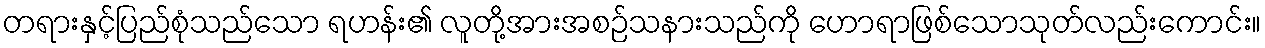
တရားနှင့်ပြည်စုံသည်သော ရဟန်း၏ လူတို့အားအစဉ်သနားသည်ကို ဟောရာဖြစ်သောသုတ်လည်းကောင်း။